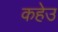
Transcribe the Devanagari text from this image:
कहेउ